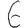
Digit: 6